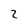
Character: 2